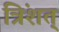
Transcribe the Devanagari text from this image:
त्रिंशत्